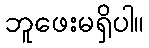
ဘူဖေးမရှိပါ။